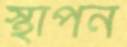
স্থাপন